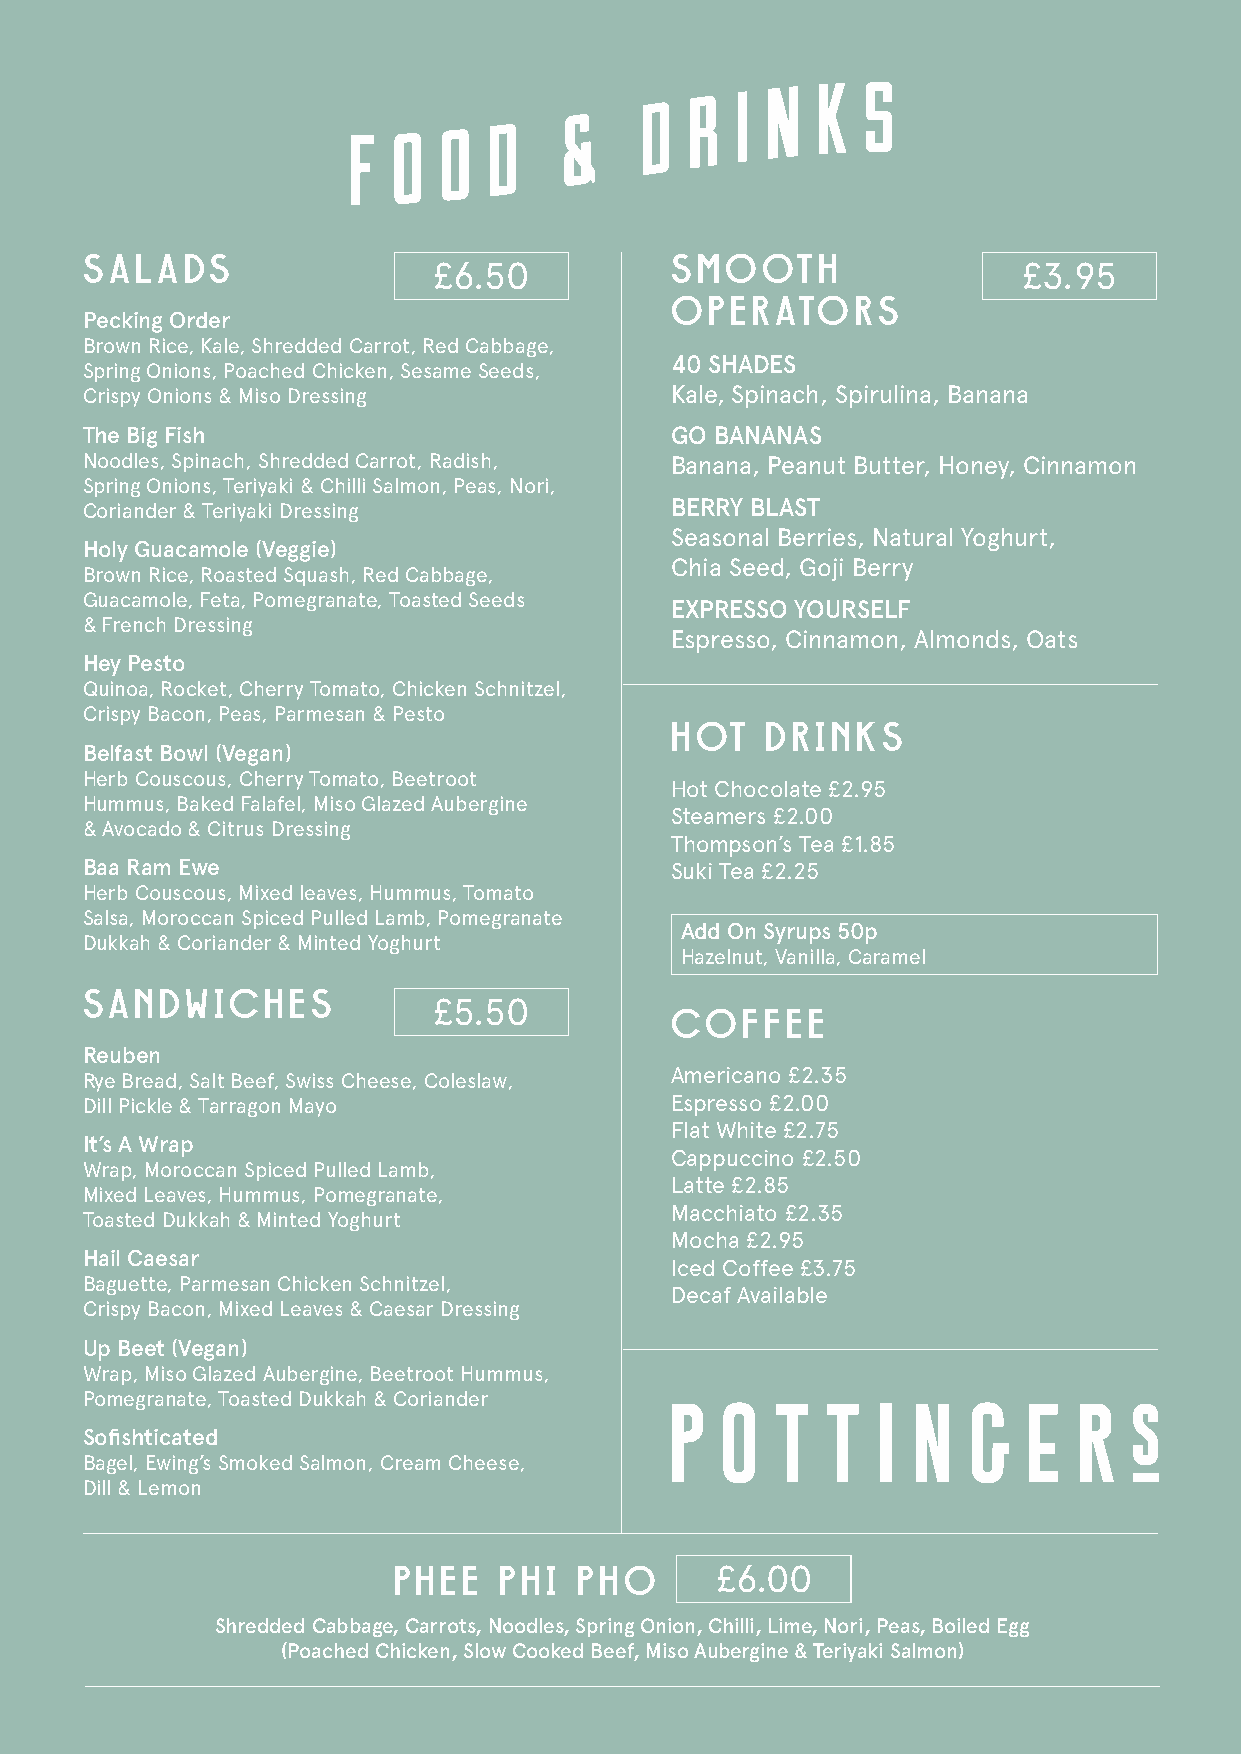
SALADS                                 SMOOTH
 £6.50                                  £3.95
 OPERATORS
 Pecking Order
 Brown Rice, Kale, Shredded Carrot, Red Cabbage,
 40 SHADES
 Spring Onions, Poached Chicken, Sesame Seeds,
 Crispy Onions & Miso Dressing          Kale, Spinach, Spirulina, Banana
 The Big Fish                           GO BANANAS
 Noodles, Spinach, Shredded Carrot, Radish, Banana, Peanut Butter, Honey, Cinnamon
 Spring Onions, Teriyaki & Chilli Salmon, Peas, Nori,
 Coriander & Teriyaki Dressing          BERRY BLAST
 Seasonal Berries, Natural Yoghurt,
 Holy Guacamole (Veggie)
 Chia Seed, Goji Berry
 Brown Rice, Roasted Squash, Red Cabbage,
 Guacamole, Feta, Pomegranate, Toasted Seeds
 EXPRESSO YOURSELF
 & French Dressing
 Espresso, Cinnamon, Almonds, Oats
 Hey Pesto
 Quinoa, Rocket, Cherry Tomato, Chicken Schnitzel,
 Crispy Bacon, Peas, Parmesan & Pesto
 HOT    DRINKS
 Belfast Bowl (Vegan)
 Herb Couscous, Cherry Tomato, Beetroot
 Hot Chocolate £2.95
 Hummus, Baked Falafel, Miso Glazed Aubergine
 Steamers £2.00
 & Avocado & Citrus Dressing
 Thompson’s Tea £1.85
 Baa Ram Ewe                            Suki Tea £2.25
 Herb Couscous, Mixed leaves, Hummus, Tomato
 Salsa, Moroccan Spiced Pulled Lamb, Pomegranate
 Add On Syrups 50p
 Dukkah & Coriander & Minted Yoghurt
 Hazelnut, Vanilla, Caramel
 SANDWICHES
 £5.50
 COFFEE
 Reuben
 Americano £2.35
 Rye Bread, Salt Beef, Swiss Cheese, Coleslaw,
 Dill Pickle & Tarragon Mayo            Espresso £2.00
 Flat White £2.75
 It’s A Wrap
 Cappuccino £2.50
 Wrap, Moroccan Spiced Pulled Lamb,
 Latte £2.85
 Mixed Leaves, Hummus, Pomegranate,
 Macchiato £2.35
 Toasted Dukkah & Minted Yoghurt
 Mocha £2.95
 Hail Caesar
 Iced Coffee £3.75
 Baguette, Parmesan Chicken Schnitzel,
 Decaf Available
 Crispy Bacon, Mixed Leaves & Caesar Dressing
 Up Beet (Vegan)
 Wrap, Miso Glazed Aubergine, Beetroot Hummus,
 Pomegranate, Toasted Dukkah & Coriander
 Sofishticated
 Bagel, Ewing’s Smoked Salmon, Cream Cheese,
 Dill & Lemon
 PHEE   PHI  PH O     £6.00
 Shredded Cabbage, Carrots, Noodles, Spring Onion, Chilli, Lime, Nori, Peas, Boiled Egg
 (Poached Chicken, Slow Cooked Beef, Miso Aubergine & Teriyaki Salmon)